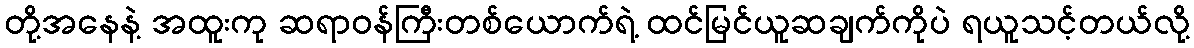
တို့အနေနဲ့ အထူးကု ဆရာဝန်ကြီးတစ်ယောက်ရဲ့ ထင်မြင်ယူဆချက်ကိုပဲ ရယူသင့်တယ်လို့